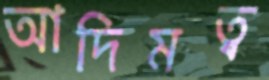
আদিমত্ব